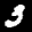
Label: 3